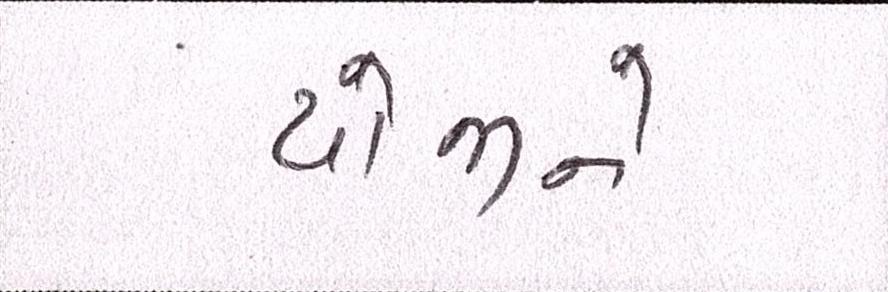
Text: યોજીને